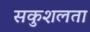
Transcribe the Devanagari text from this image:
सकुशलता